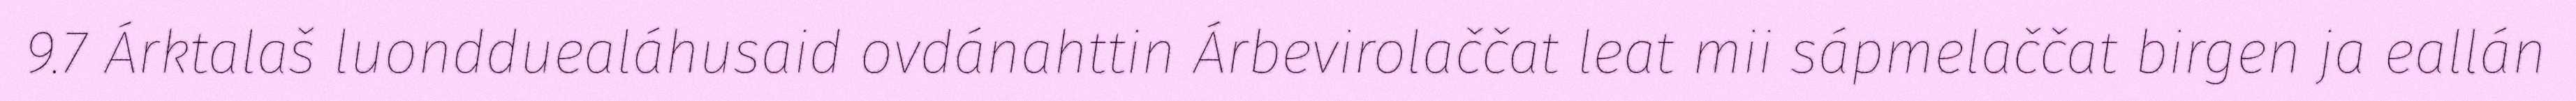
9.7 Árktalaš luondduealáhusaid ovdánahttin Árbevirolaččat leat mii sápmelaččat birgen ja eallán